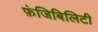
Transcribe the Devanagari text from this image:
फ़ंजिबिलिटी